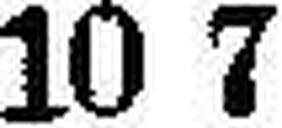
10 7